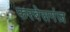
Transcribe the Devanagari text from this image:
फरबेसगंज